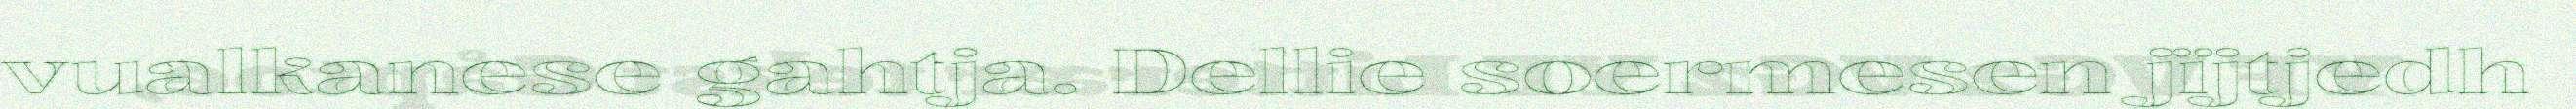
vualkanese gahtja. Dellie soermesen jïjtjedh